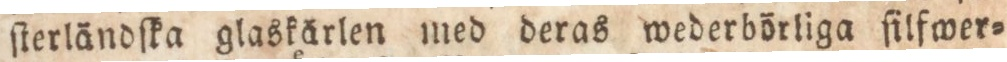
ſterländſka glaskärlen med deras wederbörliga ſilfwer=